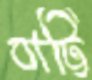
বাট্টি